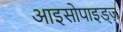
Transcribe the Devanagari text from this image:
आइसोपाइड्ज़